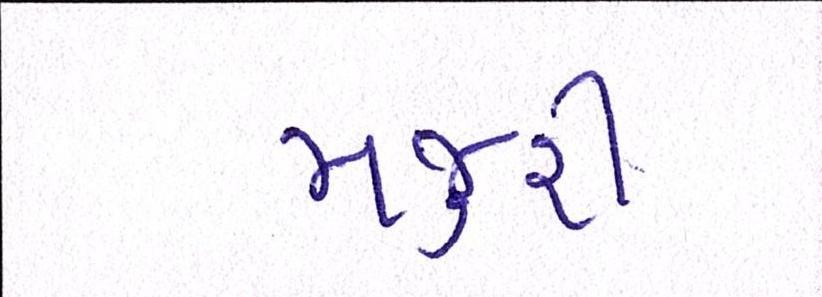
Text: મજુરી